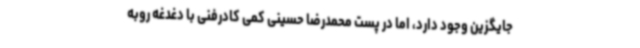
جایگزین وجود دارد، اما در پست محمدرضا حسینی کمی کادرفنی با دغدغه روبه